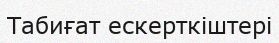
Табиғат ескерткiштерi